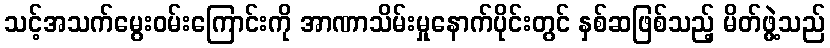
သင့်အသက်မွေးဝမ်းကြောင်းကို အာဏာသိမ်းမှုနောက်ပိုင်းတွင် နှစ်ဆဖြစ်သည့် မိတ်ဖွဲ့သည်